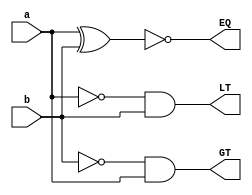
`timescale 1ns / 1ps
//////////////////////////////////////////////////////////////////////////////////
// Company: 
// Engineer: 
// 
// Design Name: 
// Module Name: BS_1_comp1
// Project Name: 
// Target Devices: 
// Tool Versions: 
// Description: 
// 
// Dependencies: 
// 
// Revision:
// Revision 0.01 - File Created
// Additional Comments:
// 
//////////////////////////////////////////////////////////////////////////////////

module BS_1_comp1(output LT, EQ, GT, input a,b);

wire w1, w2;

not X1(w1, a);
not X2 (w2, b);
and X3 (LT,w1, b);
and X4 (GT,w2, a);
xnor X5 (EQ, a, b);
    
endmodule